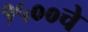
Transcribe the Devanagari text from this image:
१५००चे